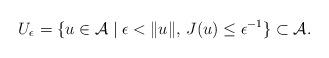
LaTeX: \begin{align*}U_{\epsilon}=\{u\in \mathcal{A}\mid \epsilon<\Vert u \Vert,\,J(u)\leq \epsilon^{-1}\}\subset \mathcal{A}.\end{align*}